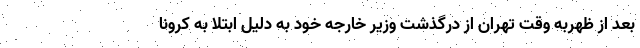
بعد از ظهربه وقت تهران از درگذشت وزیر خارجه خود به دلیل ابتلا به کرونا